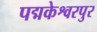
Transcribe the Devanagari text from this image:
पद्मकेश्वरपुर